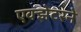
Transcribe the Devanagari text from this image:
एक्झेटरने